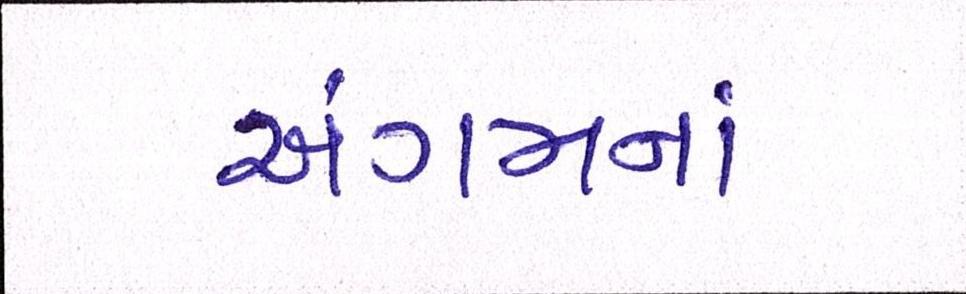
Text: અંગમનાં